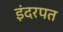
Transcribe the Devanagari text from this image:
इंदरपत